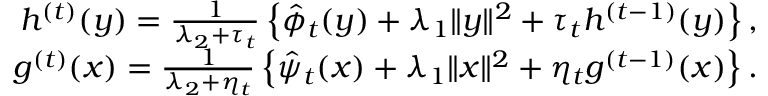
\begin{array} { r } { h ^ { ( t ) } ( y ) = \frac { 1 } { \lambda _ { 2 } + \tau _ { t } } \left\{ \hat { \phi } _ { t } ( y ) + \lambda _ { 1 } \| y \| ^ { 2 } + \tau _ { t } h ^ { ( t - 1 ) } ( y ) \right\} , } \\ { g ^ { ( t ) } ( x ) = \frac { 1 } { \lambda _ { 2 } + \eta _ { t } } \left\{ \hat { \psi } _ { t } ( x ) + \lambda _ { 1 } \| x \| ^ { 2 } + \eta _ { t } g ^ { ( t - 1 ) } ( x ) \right\} . } \end{array}